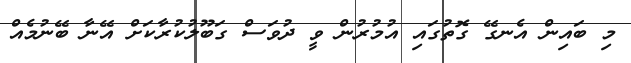
މި ބައިން އެނގޭ ގޮތުގައި އުމުރުން ވީ ދުވަސް ގަބޫލުކުރާކަށް އޭނާ ބޭނުމެއް